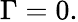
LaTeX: \Gamma=0.